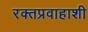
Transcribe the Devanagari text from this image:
रक्तप्रवाहाशी